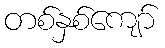
တစ်နှစ်ကျော်